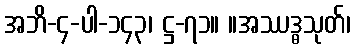
အဘိ-၄-ပါ-၁၄၃၊ ဋ္ဌ-၇၁။ ။အဿဒ္ဓသုတ်၊